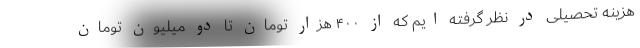
هزینه تحصیلی در نظر گرفته ایم که از ۴۰۰ هزار تومان تا دو میلیون تومان